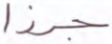
جرزا